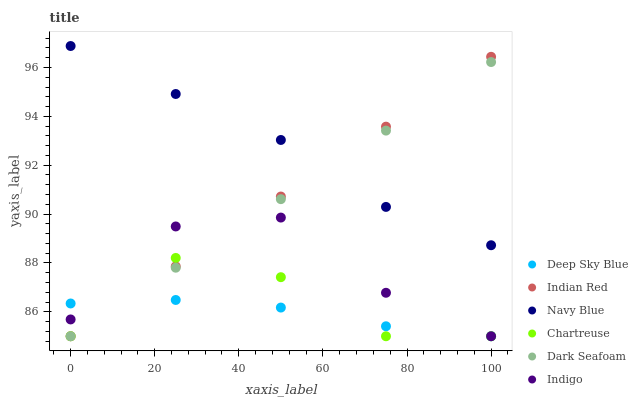
| xaxis_label | Deep Sky Blue | Indian Red | Navy Blue | Chartreuse | Dark Seafoam | Indigo |
 | --- | --- | --- | --- | --- | --- | --- |
 | 0 | 86.3 | 85 | 96.9 | 85 | 85 | 85.7 |
 | 25 | 86.5 | 87.9 | 94.9 | 88.2 | 87.8 | 89.5 |
 | 50 | 86.2 | 90.7 | 93 | 87.4 | 90.6 | 89.9 |
 | 75 | 85.4 | 93.6 | 90.3 | 85 | 93.4 | 86.8 |
 | 100 | 85 | 96.4 | 88.7 | 85 | 96.2 | 85 |